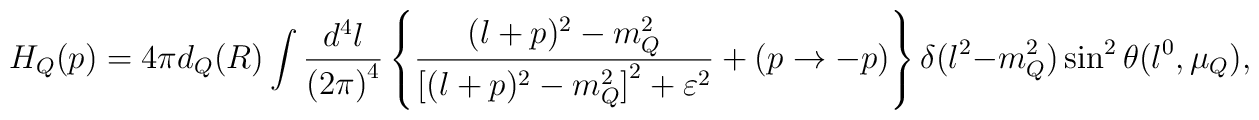
H_Q(p)=4\pi d_Q(R)\int \frac{d^4l}{{(2\pi)}^4}\left\{         \frac{(l+p)^2-m_Q^2}{{[(l+p)^2-m_Q^2]}^2+\varepsilon^2}+(p\to -p)         \right\}\delta(l^2-m_Q^2)\sin^2\theta(l^0,\mu_Q),